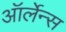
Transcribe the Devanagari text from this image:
ऑर्लेन्स